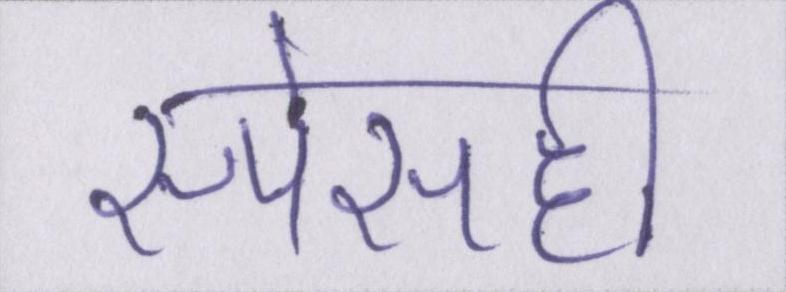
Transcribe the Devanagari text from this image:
स्पेसही